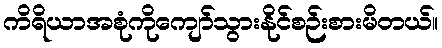
ကိရိယာအစုံကိုကျော်သွားနိုင်စဉ်းစားမိတယ်။